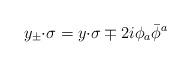
LaTeX: \begin{align*}y_{\pm}{\cdot\sigma}=y{\cdot\sigma}\mp 2i\phi_{a}\bar{\phi}{}^{a}\end{align*}